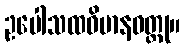
ဥပေါသထဝိမာနဝတ္ထု။